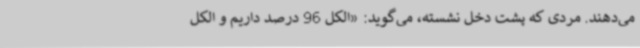
می‌دهند. مردی که پشت دخل نشسته، می‌گوید: «الکل 96 درصد داریم و الکل